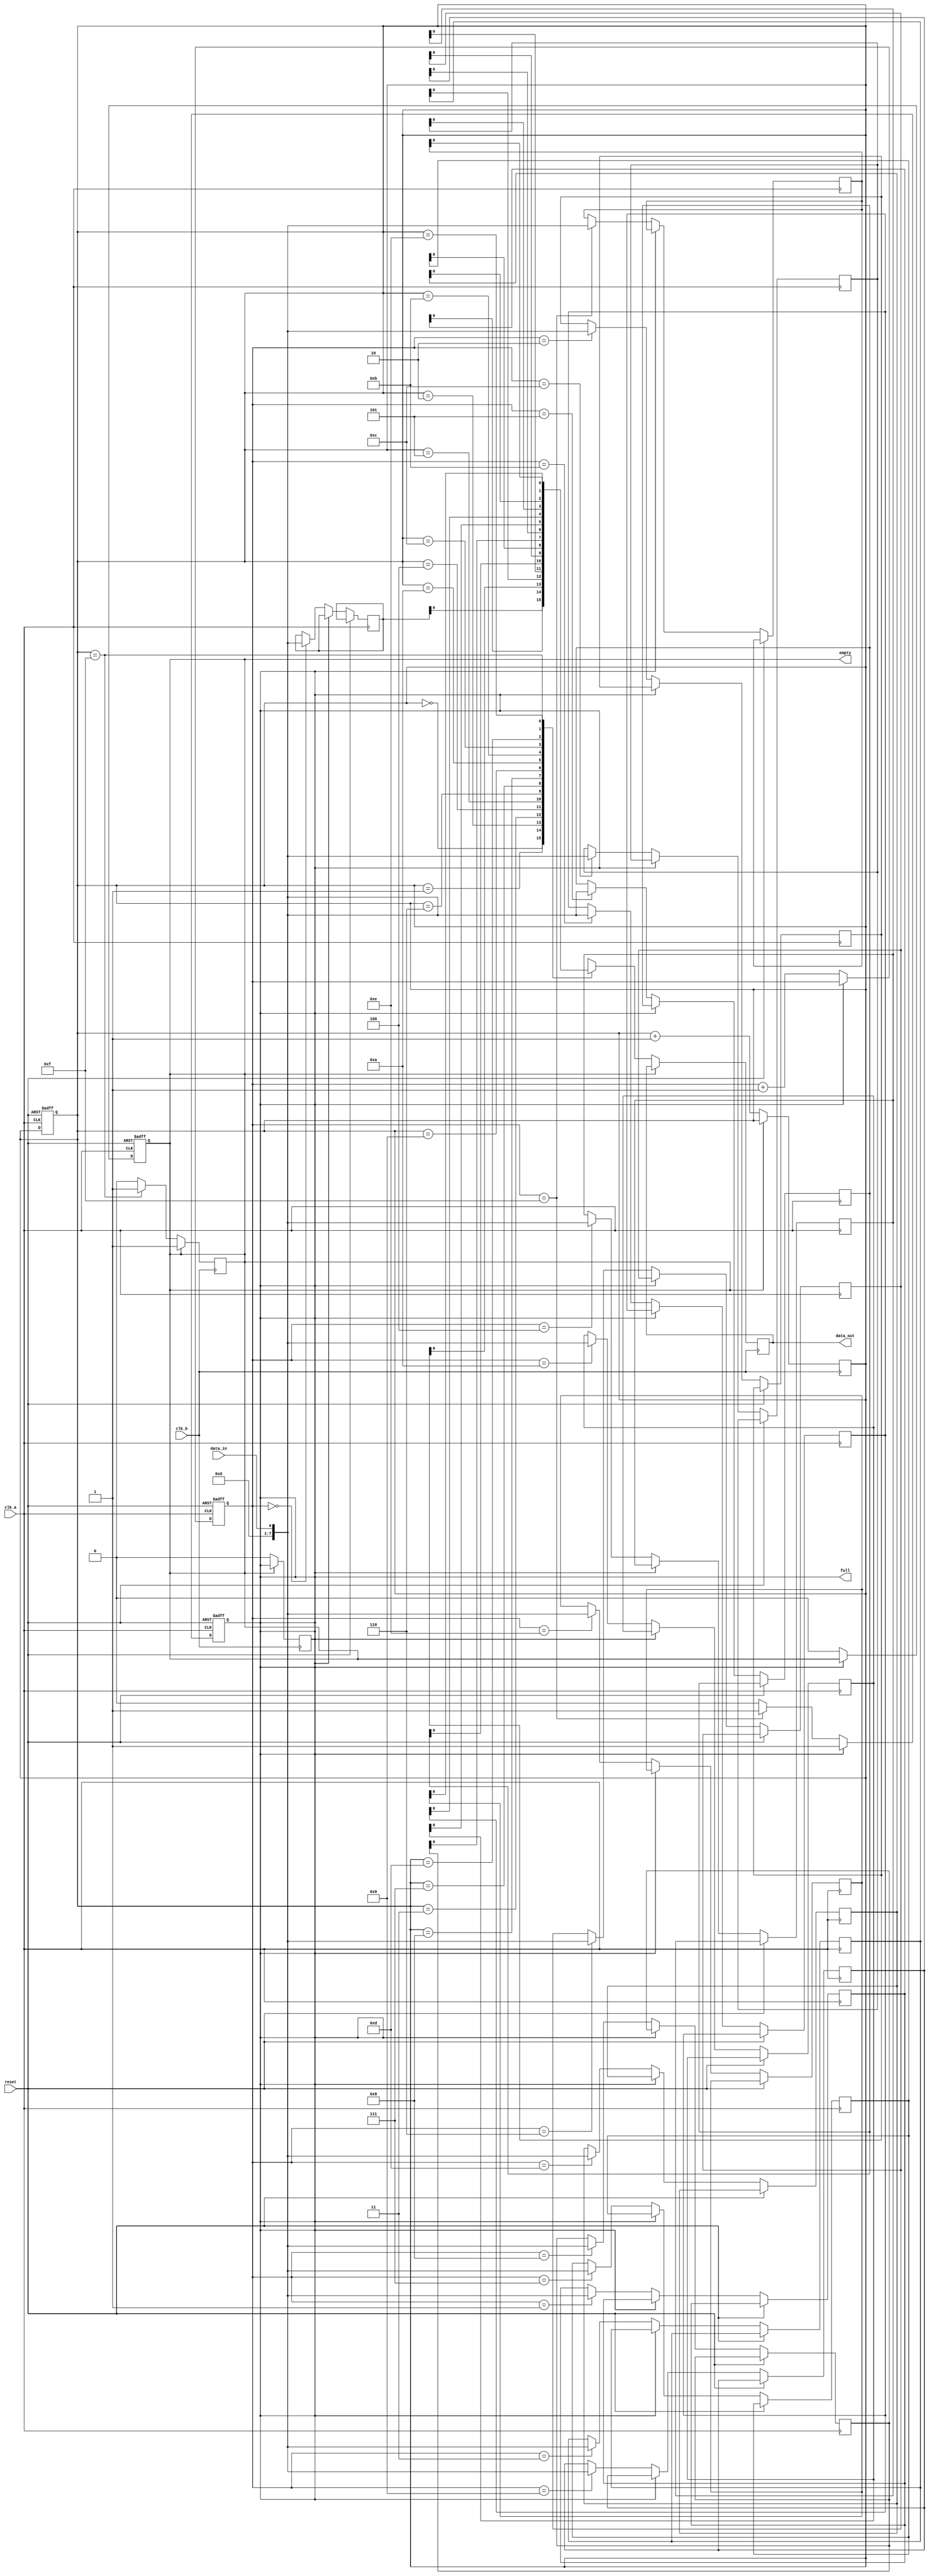
module level_sensitive_fifo (
    input wire clk_a, // Clock for domain A
    input wire clk_b, // Clock for domain B
    input wire reset, // Reset signal
    input wire data_in, // Input data
    output reg data_out, // Output data
    output wire full, // Full flag
    output wire empty // Empty flag
);

reg [7:0] buffer [0:15]; // FIFO buffer with 16 entries
reg [3:0] write_ptr = 4'b0000; // Write pointer
reg [3:0] read_ptr = 4'b0000; // Read pointer
reg full_reg; // Full flag register
reg empty_reg; // Empty flag register

// Full and empty flag logic
assign full = full_reg;
assign empty = empty_reg;

// Clock domain synchronization blocks
always @(posedge clk_a or posedge reset) begin
    if (reset) begin
        full_reg <= 1'b0;
        empty_reg <= 1'b1;
        write_ptr <= 4'b0000;
        read_ptr <= 4'b0000;
    end else begin
        if (!full_reg) begin
            buffer[write_ptr] <= data_in;
            write_ptr <= write_ptr + 1;
            if (write_ptr == 4'b1111) begin
                full_reg <= 1'b1;
            end
            if (empty_reg) begin
                empty_reg <= 1'b0;
            end
        end
    end
end

always @(posedge clk_b) begin
    if (!empty_reg) begin
        data_out <= buffer[read_ptr];
        read_ptr <= read_ptr + 1;
        if (read_ptr == 4'b1111) begin
            empty_reg <= 1'b1;
        end
        if (full_reg) begin
            full_reg <= 1'b0;
        end
    end
end

endmodule